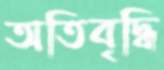
অতিবৃদ্ধি